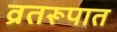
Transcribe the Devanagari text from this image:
व्रतरूपात